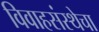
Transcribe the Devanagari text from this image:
विवाहसंस्थेचा